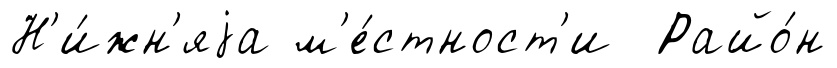
Н'и́жн'яjа м'е́стност'и Райо́н